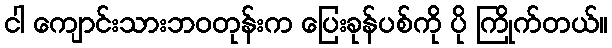
ငါ ကျောင်းသားဘဝတုန်းက ပြေးခုန်ပစ်ကို ပို ကြိုက်တယ်။